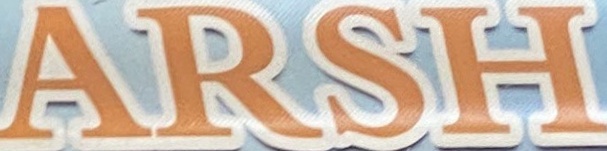
ARSH